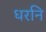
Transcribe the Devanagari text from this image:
धरनि